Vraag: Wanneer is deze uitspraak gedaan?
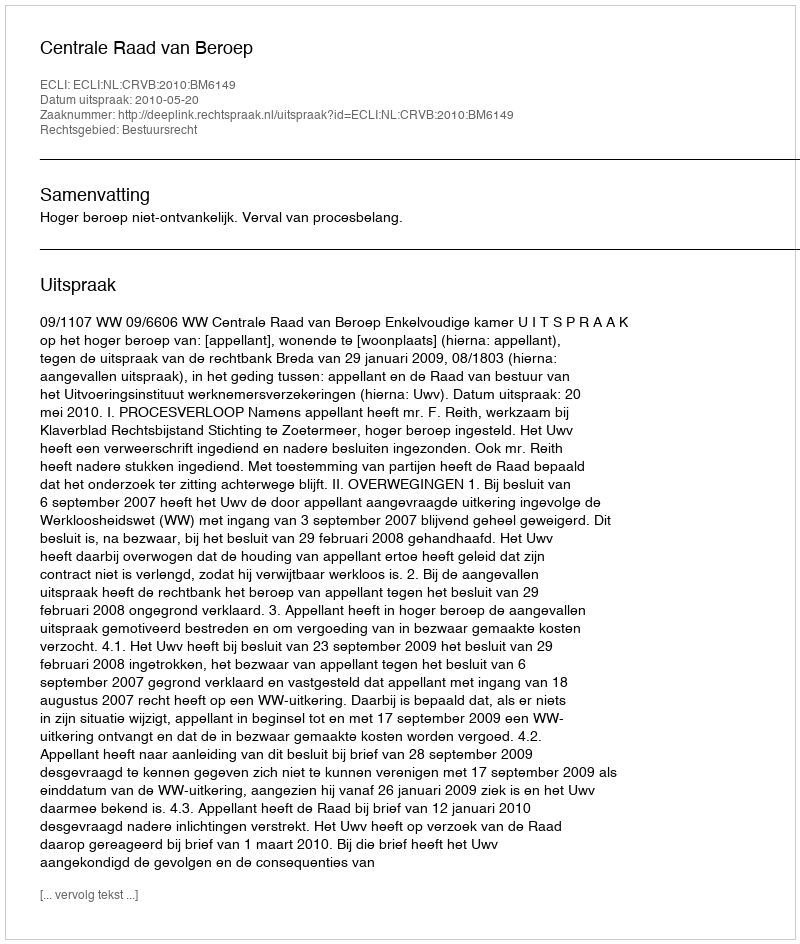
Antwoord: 2010-05-20